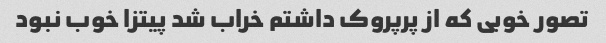
تصور خوبی که از پرپروک داشتم خراب شد پیتزا خوب نبود